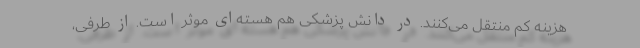
هزینه کم منتقل می‌کنند. در دانش پزشکی هم هسته‌ای موثر است. از طرفی،